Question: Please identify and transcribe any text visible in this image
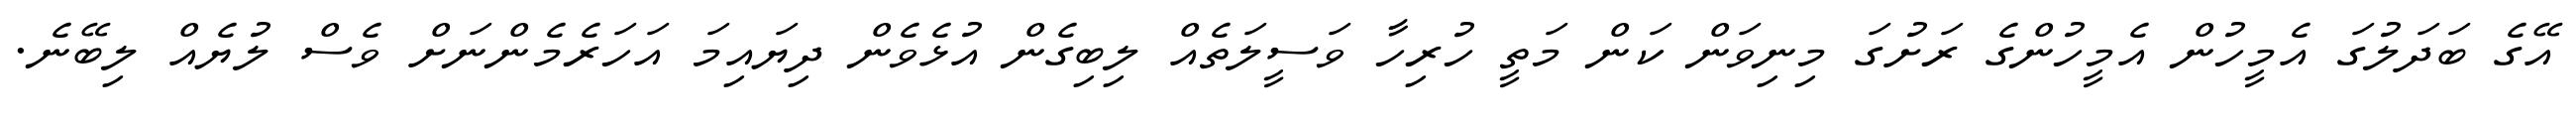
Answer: އޭގެ ބަދަލުގަ އެމީހުން އެމީހުންގެ ރަށުގަ މިނިވަން ކަން މަތީ ހުރިހާ ވަސީލަތެއް ލިބިގެން އުޅެވެން ދިޔައިމަ އަހަރެމެންނަށް ވެސް ލުޔެއް ލިބޭނެ.